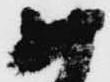
め